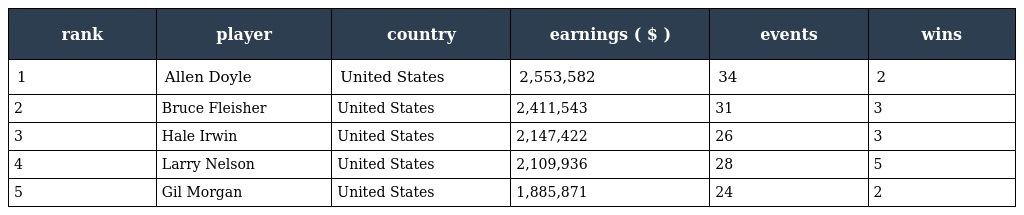
| rank | player | country | earnings ( $ ) | events | wins |
 | --- | --- | --- | --- | --- | --- |
 | 1 | Allen Doyle | United States | 2,553,582 | 34 | 2 |
 | 2 | Bruce Fleisher | United States | 2,411,543 | 31 | 3 |
 | 3 | Hale Irwin | United States | 2,147,422 | 26 | 3 |
 | 4 | Larry Nelson | United States | 2,109,936 | 28 | 5 |
 | 5 | Gil Morgan | United States | 1,885,871 | 24 | 2 |